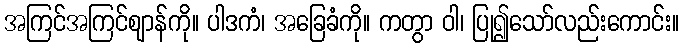
အကြင်အကြင်ဈာန်ကို။ ပါဒကံ၊ အခြေခံကို။ ကတွာ ဝါ၊ ပြု၍သော်လည်းကောင်း။